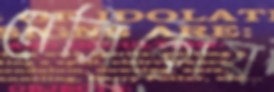
মেক্সিকোয়